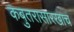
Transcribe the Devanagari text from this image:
कबुतरासारखाच